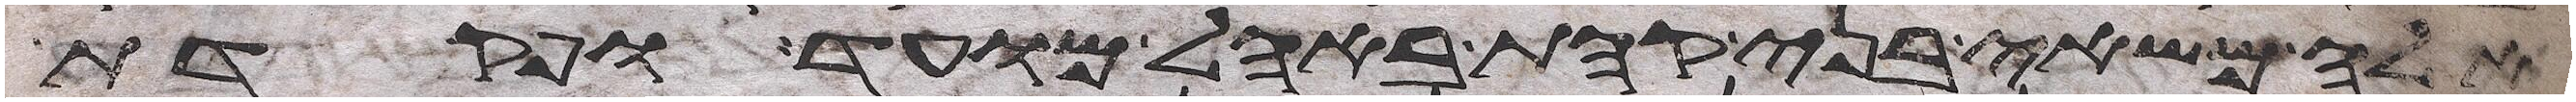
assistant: אלה משאי בני קהת באהל מועד ופקדת